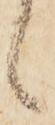
候